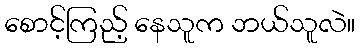
စောင့်ကြည့် နေသူက ဘယ်သူလဲ။